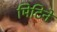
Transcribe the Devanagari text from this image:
मिटिने